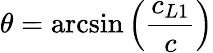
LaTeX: \theta=\arcsin\left(\frac{c_{L1}}{c}\right)